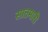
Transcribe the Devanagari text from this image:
सातमारी